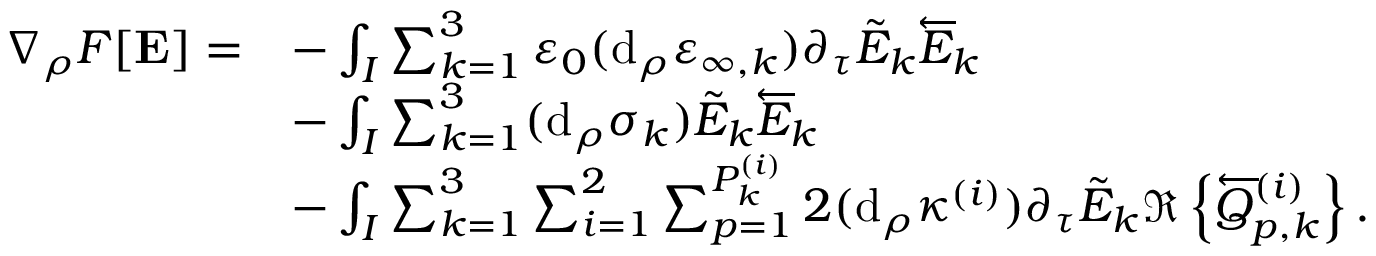
\begin{array} { r l } { \nabla _ { \rho } F [ \mathbf { E } ] = } & { - \int _ { I } \sum _ { k = 1 } ^ { 3 } \varepsilon _ { 0 } ( \mathrm { d } _ { \rho } \varepsilon _ { \infty , k } ) \partial _ { \tau } \tilde { E } _ { k } \overleftarrow { E } _ { k } } \\ & { - \int _ { I } \sum _ { k = 1 } ^ { 3 } ( \mathrm { d } _ { \rho } \sigma _ { k } ) \tilde { E } _ { k } \overleftarrow { E } _ { k } } \\ & { - \int _ { I } \sum _ { k = 1 } ^ { 3 } \sum _ { i = 1 } ^ { 2 } \sum _ { p = 1 } ^ { P _ { k } ^ { ( i ) } } 2 ( \mathrm { d } _ { \rho } \kappa ^ { ( i ) } ) \partial _ { \tau } \tilde { E } _ { k } \Re \left\{ \overleftarrow { Q } _ { p , k } ^ { ( i ) } \right\} . } \end{array}